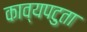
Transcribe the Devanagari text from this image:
काव्यपटुता